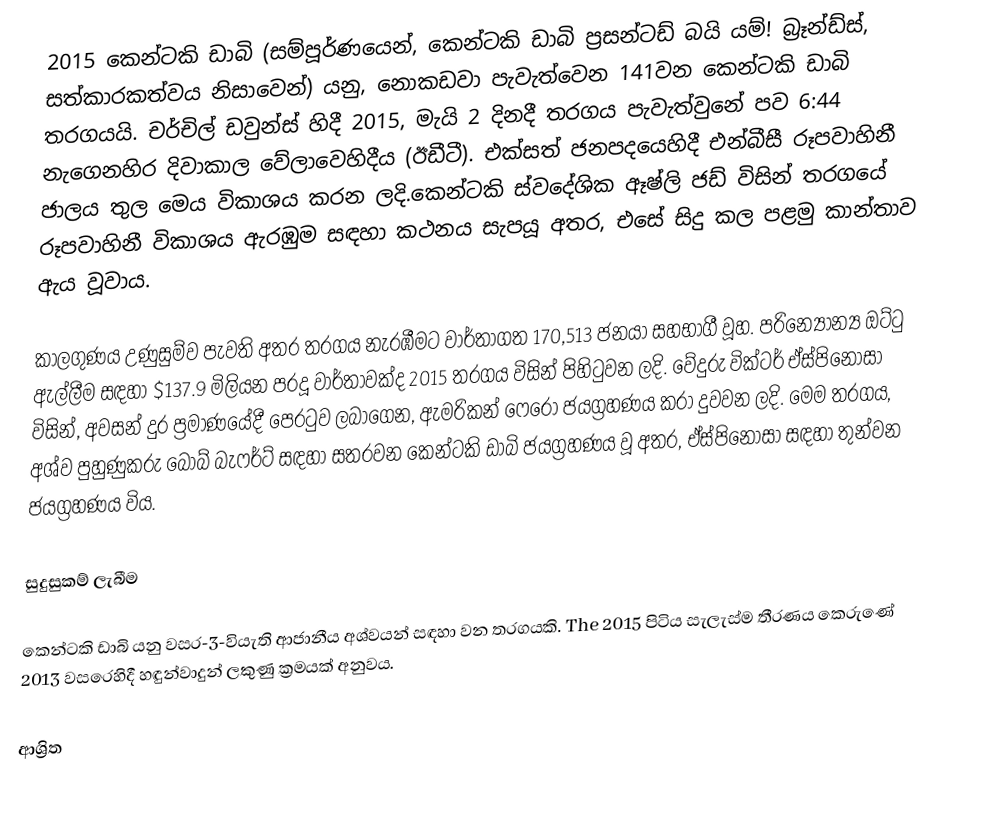
2015 කෙන්ටකි ඩාබි (සම්පූර්ණයෙන්,  කෙන්ටකි ඩාබි ප්‍රසන්ටඩ් බයි යම්! බ්‍රෑන්ඩ්ස්, සත්කාරකත්වය නිසාවෙන්) යනු,  නොකඩවා පැවැත්වෙන 141වන කෙන්ටකි ඩාබි තරගයයි. චර්චිල් ඩවුන්ස් හිදී 2015, මැයි 2 දිනදී  තරගය පැවැත්වුනේ පව 6:44 නැගෙනහිර දිවාකාල වේලාවෙහිදීය (ඊඩීටී). එක්සත් ජනපදයෙහිදී එන්බීසී රූපවාහිනී ජාලය තුල මෙය විකාශය කරන ලදි.කෙන්ටකි ස්වදේශික ඈෂ්ලි ජඩ් විසින් තරගයේ රූපවාහිනී විකාශය ඇරඹුම සඳහා කථනය සැපයූ අතර, එසේ සිදු කල පළමු කාන්තාව ඇය වූවාය.

කාලගුණය උණුසුම්ව පැවති අතර තරගය නැරඹීමට වාර්තාගත 170,513 ජනයා සහභාගී වූහ. පරින්‍යෝන්‍ය ඔට්ටු ඇල්ලීම සඳහා  $137.9 මිලියන පරදූ වාර්තාවක්ද 2015 තරගය විසින් පිහිටුවන ලදි. වේදුරු වික්ටර් ඒස්පිනෝසා විසින්, අවසන් දුර ප්‍රමාණයේදී පෙරටුව ලබාගෙන,  ඇමරිකන් ෆෙරෝ ජයග්‍රහණය කරා දුවවන ලදි. මෙම තරගය,  අශ්ව පුහුණුකරු බොබ් බැෆර්ට් සඳහා සතරවන කෙන්ටකි ඩාබි ජයග්‍රහණය වූ අතර,  ඒස්පිනෝසා සඳහා තුන්වන ජයග්‍රහණය විය.

සුදුසුකම් ලැබීම

කෙන්ටකි ඩාබි යනු  වසර-3-වියැති ආජානීය අශ්වයන් සඳහා වන තරගයකි. The 2015 පිටිය සැලැස්ම තීරණය කෙරුණේ 2013 වසරෙහිදී හඳුන්වාදුන් ලකුණු ක්‍රමයක් අනුවය.

ආශ්‍රිත